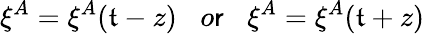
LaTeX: \xi^{A}=\xi^{A}(\mathfrak{t}-z)\; \; \; o\mathsf{r}\; \; \; \xi^{A}=\xi^{A}(\mathfrak{t}+z)